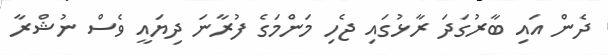
ދެން އައި ބާރުގަދަ ރާޅުގައި ޖެހި މަންމަގެ ފުރާނަ ދިޔައީ ވެސް ނުޝްރާ